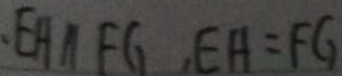
E H / / F G , E H = F G